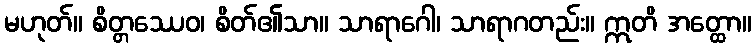
မဟုတ်။ စိတ္တဿေဝ၊ စိတ်၏သာ။ သာရာဂေါ၊ သာရာဂတည်း။ ဣတိ အတ္ထော။